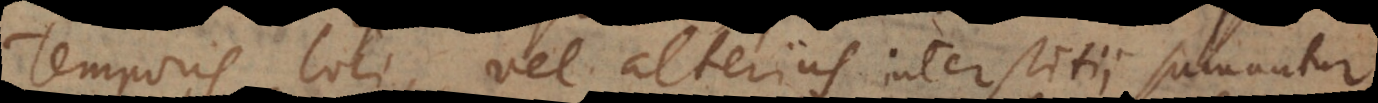
temporis, loci, vel alterius interstitii sumantur